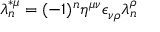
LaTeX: \lambda _ { n } ^ { * \mu } = ( - 1 ) ^ { n } \eta ^ { \mu \nu } \epsilon _ { \nu \rho } \lambda _ { n } ^ { \rho }